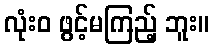
လုံးဝ ဖွင့်မကြည့် ဘူး။